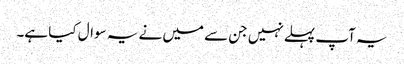
یہ آپ پہلے نہیں جن سے میں نے یہ سوال کیا ہے۔